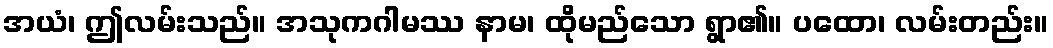
အယံ၊ ဤလမ်းသည်။ အသုကဂါမဿ နာမ၊ ထိုမည်သော ရွာ၏။ ပထော၊ လမ်းတည်း။